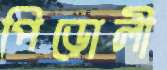
পিড়োলী